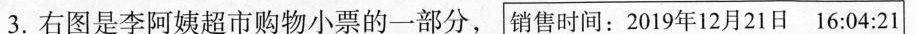
3.右图是李阿姨超市购物小票的一部分，销售时间：2019年12月21日16:04:21